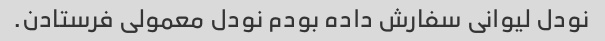
نودل لیوانی سفارش داده بودم نودل معمولی فرستادن.